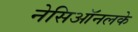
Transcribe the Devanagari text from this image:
नेसिऑनलके